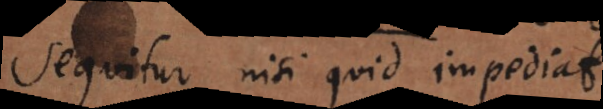
sequitur nisi quid impediat.